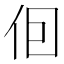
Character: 𪜭